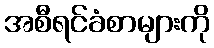
အစီရင်ခံစာများကို